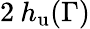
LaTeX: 2\: h_{\mathrm{u}}(\Gamma)